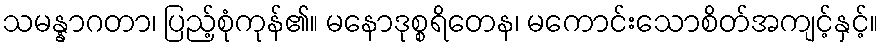
သမန္နာဂတာ၊ ပြည့်စုံကုန်၏။ မနောဒုစ္စရိတေန၊ မကောင်းသောစိတ်အကျင့်နှင့်။